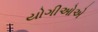
યોગીઓએ